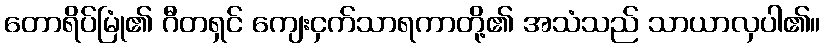
တောရိပ်မြုံ၏ ဂီတရှင် ကျေးငှက်သာရကာတို့၏ အသံသည် သာယာလှပါ၏။